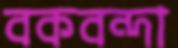
বকবন্দা